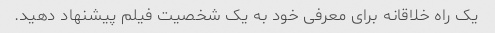
یک راه خلاقانه برای معرفی خود به یک شخصیت فیلم پیشنهاد دهید.